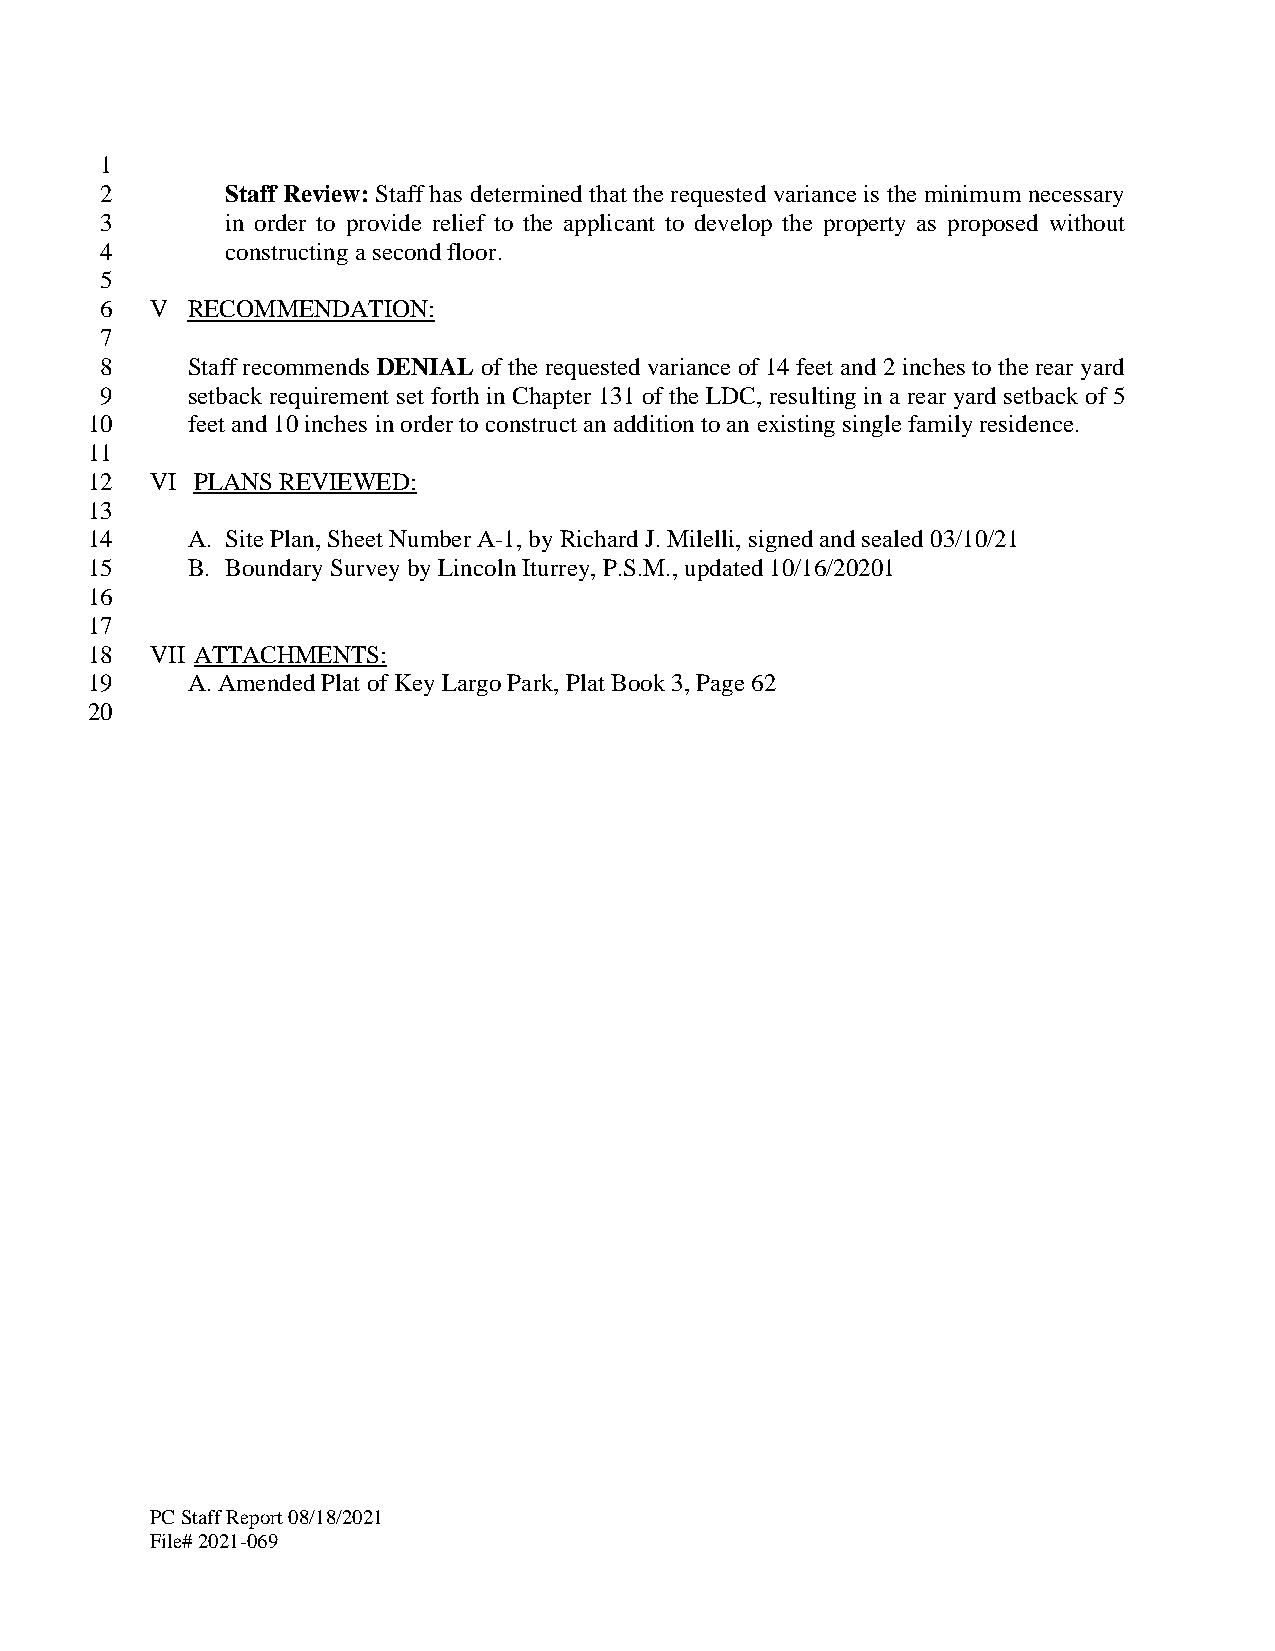
1
 2       Staff Review: Staff has determined that the requested variance is the minimum necessary
 3       in order to provide relief to the applicant to develop the property as proposed without
 4       constructing a second floor.
 5
 6  V RECOMMENDATION:
 7
 8    Staff recommends DENIAL of the requested variance of 14 feet and 2 inches to the rear yard
 9    setback requirement set forth in Chapter 131 of the LDC, resulting in a rear yard setback of 5
 10    feet and 10 inches in order to construct an addition to an existing single family residence.
 11
 12  VI PLANS REVIEWED:
 13
 14    A. Site Plan, Sheet Number A-1, by Richard J. Milelli, signed and sealed 03/10/21
 15    B. Boundary Survey by Lincoln Iturrey, P.S.M., updated 10/16/20201
 16
 17
 18  VII ATTACHMENTS:
 19    A. Amended Plat of Key Largo Park, Plat Book 3, Page 62
 20
 PC Staff Report 08/18/2021
 File# 2021-069